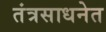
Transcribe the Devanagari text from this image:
तंत्रसाधनेत